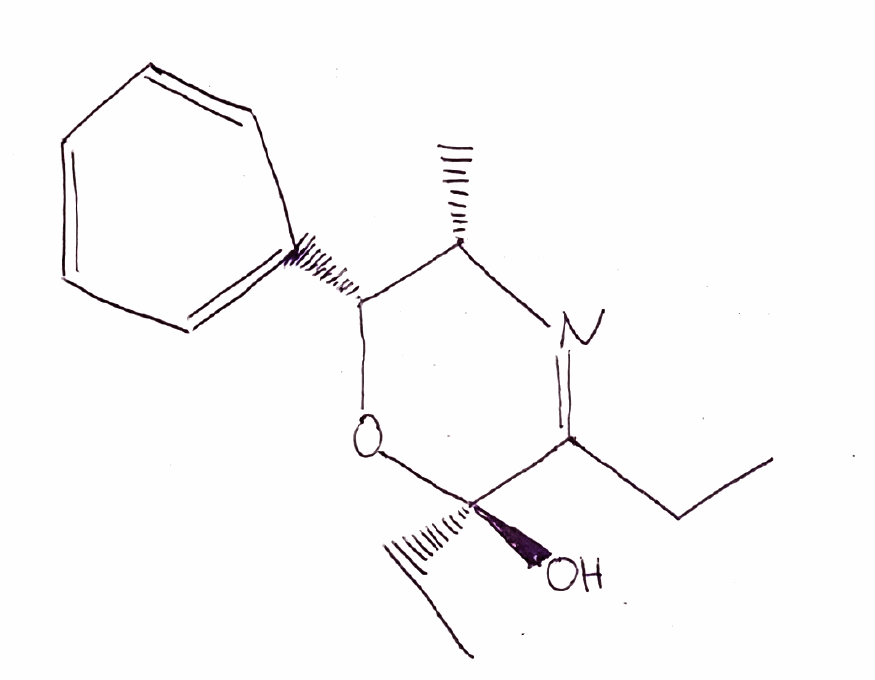
Simplified molecular-input line-entry system (SMILES) notation of the given molecule:
CCC1=N[C@H]([C@H](O[C@]1(CC)O)C2=CC=CC=C2)C